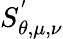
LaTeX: S_{\theta,\mu,\nu}^{'}